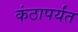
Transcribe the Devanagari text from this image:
कंठापर्यंत